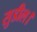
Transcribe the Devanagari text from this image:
सुडील।